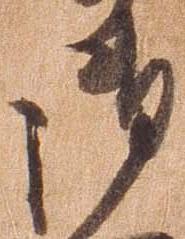
御